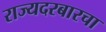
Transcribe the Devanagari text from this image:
राज्यदरबारचा